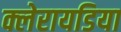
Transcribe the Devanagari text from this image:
क्लेरायडिया